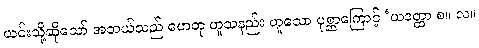
ယင်းသို့ဆိုသော် အဘယ်သည် ဟေတု ဟူသနည်း ဟူသော ပုစ္ဆာကြောင့် ‘ယဒတ္ထာ စ။ လ။